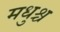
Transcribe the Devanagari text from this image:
मधुश्च